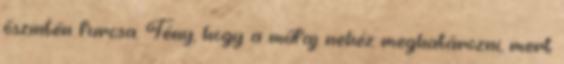
őszintén furcsa. Tény, hogy a műfaj nehéz meghatározni, mert